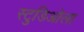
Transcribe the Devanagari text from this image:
स्टुडिओला